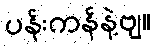
ပန်းကန်နဲ့ဗျ။